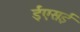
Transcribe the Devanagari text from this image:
ईएसई